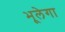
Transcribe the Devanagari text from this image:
भूलेगा